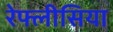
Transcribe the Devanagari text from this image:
रेफ्लीसिया